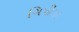
ચિપીયા